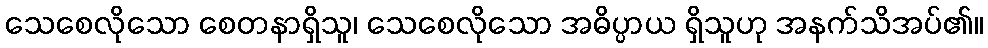
သေစေလိုသော စေတနာရှိသူ၊ သေစေလိုသော အဓိပ္ပာယ ရှိသူဟု အနက်သိအပ်၏။